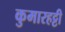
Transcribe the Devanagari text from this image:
कुमारहट्टी